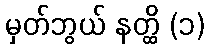
မှတ်ဘွယ် နတ္ထိ (၁)